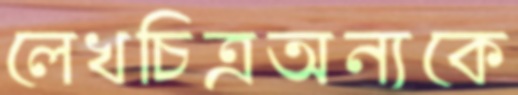
লেখচিত্রঅন্যকে